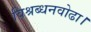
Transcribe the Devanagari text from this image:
विश्रब्धनवोढा।